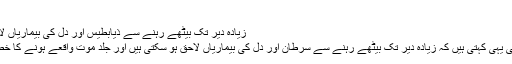
‘‘
زیادہ دیر تک بیٹھے رہنے سے ذیابطیس اور دل کی بیماریاں لاحق ہو سکتی ہیں
سابقہ تحقیقات بھی یہی کہتی ہیں کہ زیادہ دیر تک بیٹھے رہنے سے سرطان اور دل کی بیماریاں لاحق ہو سکتی ہیں اور جلد موت واقعے ہونے کا خطرہ بھی رہتا ہے۔